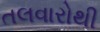
તલવારોથી